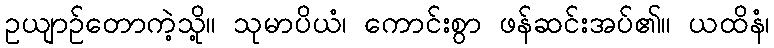
ဥယျာဉ်တောကဲ့သို့။ သုမာပိယံ၊ ကောင်းစွာ ဖန်ဆင်းအပ်၏။ ယထိနံ၊